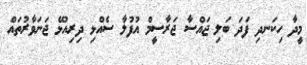
މީދާ ހިކަނދި ފަދަ ބަލި ޖައްސާ ޖަރާސީމް އުފުލާ ސެއްޅި ދިރިއުޅޭ ޖަނަވާރުތައް